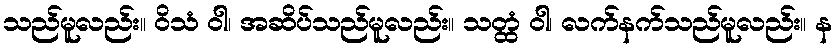
သည်မူလည်း။ ဝိသံ ဝါ၊ အဆိပ်သည်မူလည်း။ သတ္ထံ ဝါ၊ လက်နက်သည်မူလည်း။ န